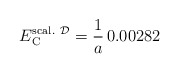
\begin{align*}E_{\rm C}^{{\rm scal.} \ {\cal D}}= {1 \over a} \, 0.00282\end{align*}